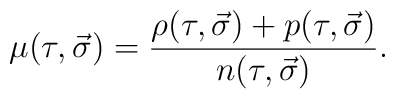
\mu(\tau,\vec{\sigma}) = \frac{\rho(\tau,\vec{\sigma}) +p(\tau,\vec{\sigma})}{n(\tau,\vec{\sigma})}.